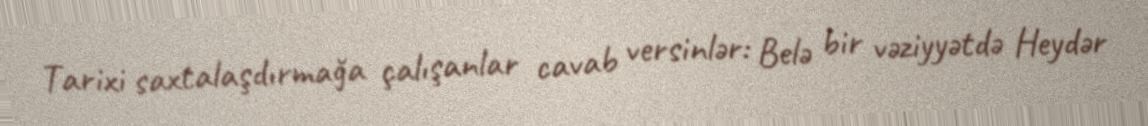
Tarixi saxtalaşdırmağa çalışanlar cavab versinlər: Belə bir vəziyyətdə Heydər